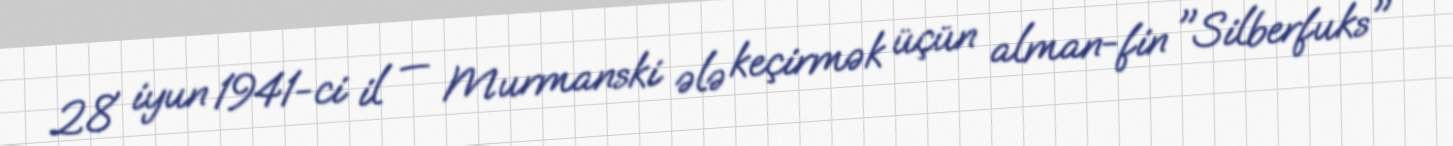
28 iyun 1941-ci il — Murmanski ələ keçirmək üçün alman-fin "Silberfuks"